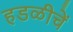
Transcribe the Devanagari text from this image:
हडळीचें